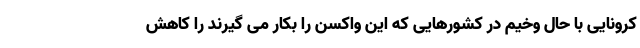
کرونایی با حال وخیم در کشورهایی که این واکسن را بکار می گیرند را کاهش